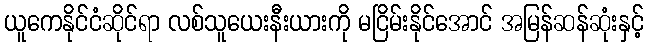
ယူကေနိုင်ငံဆိုင်ရာ လစ်သူယေးနီးယားကို မငြိမ်းနိုင်အောင် အမြန်ဆန်ဆုံးနှင့်